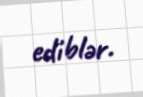
ediblər.